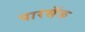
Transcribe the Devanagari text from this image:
पारसॅक